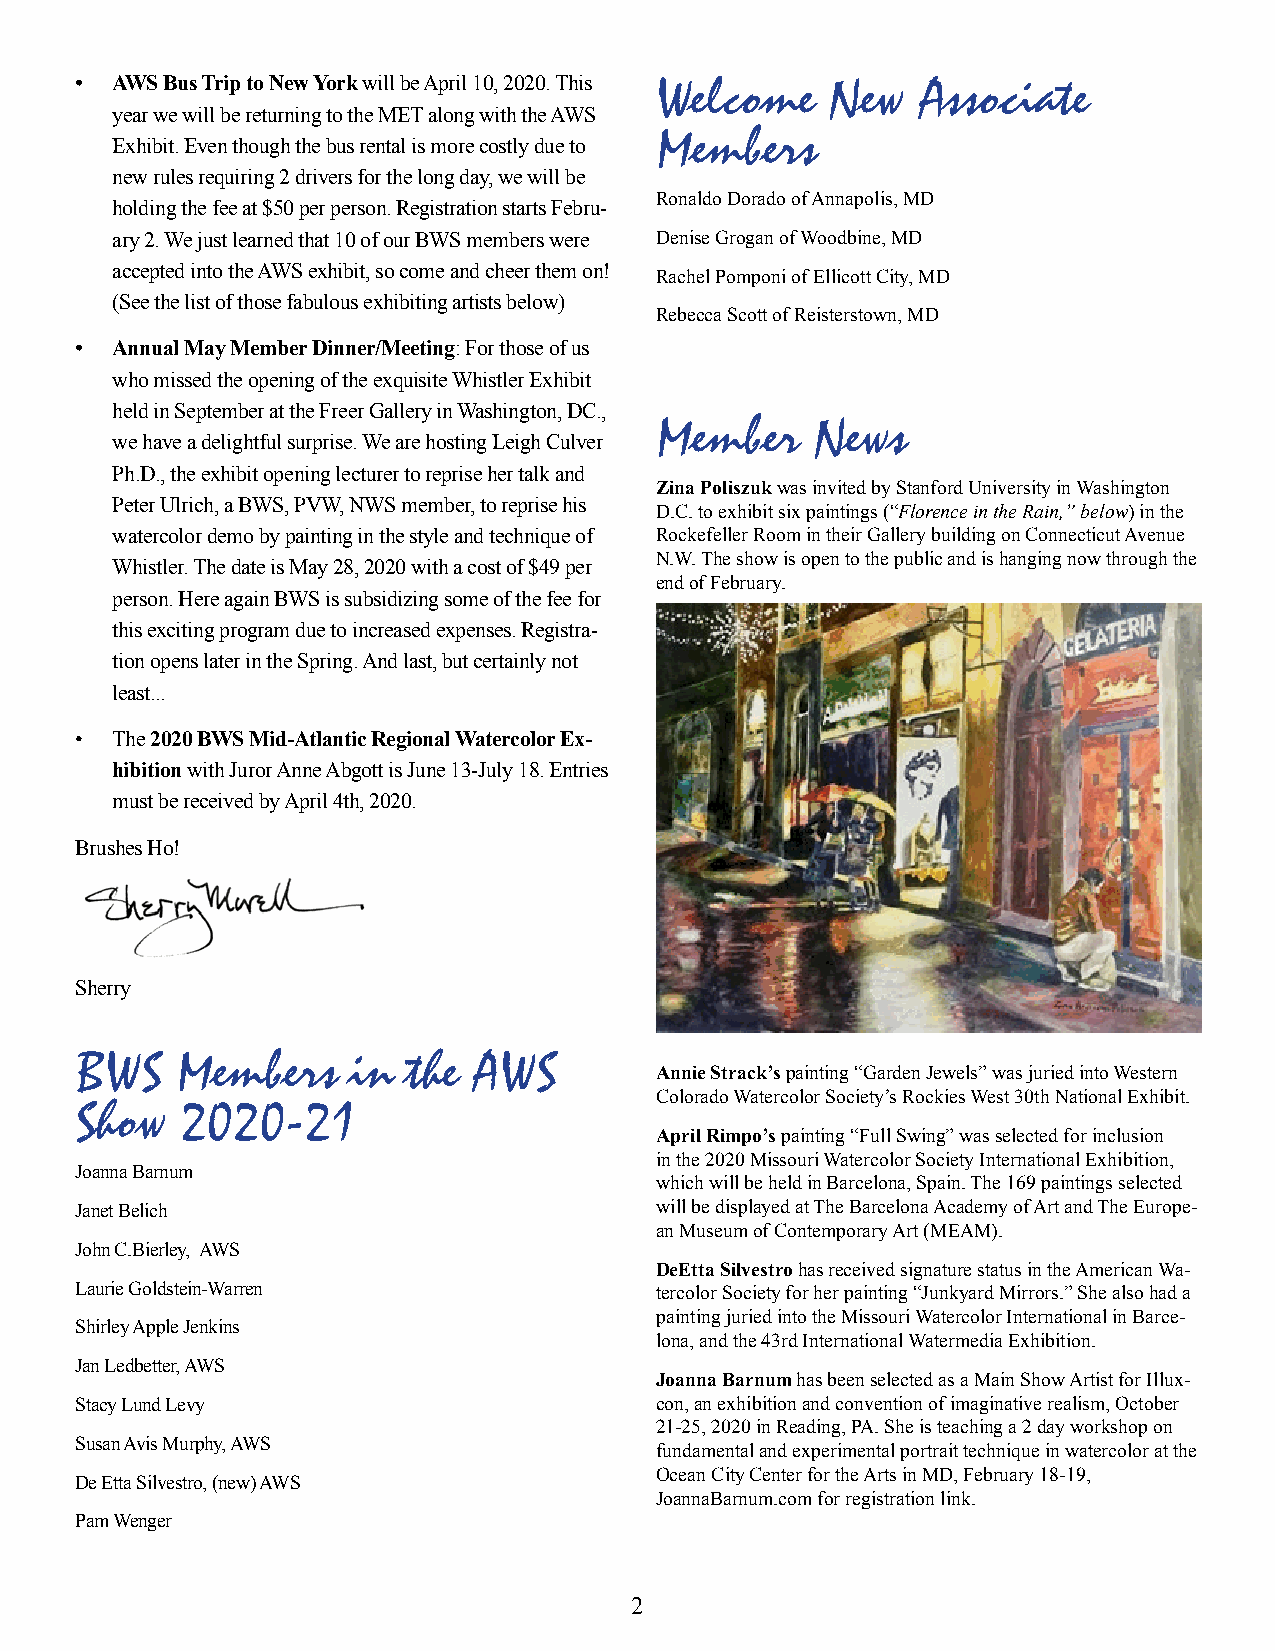
• AWS Bus Trip to New York will be April 10, 2020. This Welcome New Associate
 year we will be returning to the MET along with the AWS
 Members
 Exhibit. Even though the bus rental is more costly due to
 new rules requiring 2 drivers for the long day, we will be
 Ronaldo Dorado of Annapolis, MD
 holding the fee at $50 per person. Registration starts Febru-
 ary 2. We just learned that 10 of our BWS members were Denise Grogan of Woodbine, MD
 accepted into the AWS exhibit, so come and cheer them on! Rachel Pomponi of Ellicott City, MD
 (See the list of those fabulous exhibiting artists below)
 Rebecca Scott of Reisterstown, MD
 • Annual May Member Dinner/Meeting: For those of us
 who missed the opening of the exquisite Whistler Exhibit
 held in September at the Freer Gallery in Washington, DC.,
 Member     News
 we have a delightful surprise. We are hosting Leigh Culver
 Ph.D., the exhibit opening lecturer to reprise her talk and
 Zina Poliszuk was invited by Stanford University in Washington
 Peter Ulrich, a BWS, PVW, NWS member, to reprise his
 D.C. to exhibit six paintings (“Florence in the Rain,” below) in the
 watercolor demo by painting in the style and technique of Rockefeller Room in their Gallery building on Connecticut Avenue
 N.W. The show is open to the public and is hanging now through the
 Whistler. The date is May 28, 2020 with a cost of $49 per
 end of February.
 person. Here again BWS is subsidizing some of the fee for
 this exciting program due to increased expenses. Registra-
 tion opens later in the Spring. And last, but certainly not
 least...
 • The 2020 BWS Mid-Atlantic Regional Watercolor Ex-
 hibition with Juror Anne Abgott is June 13-July 18. Entries
 must be received by April 4th, 2020.
 Brushes Ho!
 Sherry
 BWS    Members    in  the AWS
 Annie Strack’s painting “Garden Jewels” was juried into Western
 Colorado Watercolor Society’s Rockies West 30th National Exhibit.
 Show   2020-21
 April Rimpo’s painting “Full Swing” was selected for inclusion
 in the 2020 Missouri Watercolor Society International Exhibition,
 Joanna Barnum
 which will be held in Barcelona, Spain. The 169 paintings selected
 Janet Belich                          will be displayed at The Barcelona Academy of Art and The Europe-
 an Museum of Contemporary Art (MEAM).
 John C.Bierley, AWS
 DeEtta Silvestro has received signature status in the American Wa-
 Laurie Goldstein-Warren               tercolor Society for her painting “Junkyard Mirrors.” She also had a
 painting juried into the Missouri Watercolor International in Barce-
 Shirley Apple Jenkins
 lona, and the 43rd International Watermedia Exhibition.
 Jan Ledbetter, AWS
 Joanna Barnum has been selected as a Main Show Artist for Illux-
 Stacy Lund Levy                       con, an exhibition and convention of imaginative realism, October
 21-25, 2020 in Reading, PA. She is teaching a 2 day workshop on
 Susan Avis Murphy, AWS
 fundamental and experimental portrait technique in watercolor at the
 Ocean City Center for the Arts in MD, February 18-19,
 De Etta Silvestro, (new) AWS
 JoannaBarnum.com for registration link.
 Pam Wenger
 2